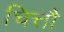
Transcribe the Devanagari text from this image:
चित्तौ